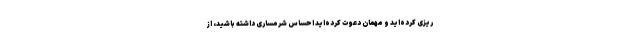
ریزی کرده‌اید و مهمان دعوت کرده‌اید احساس شرمساری داشته باشید، از